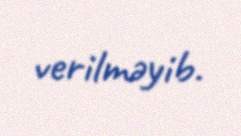
verilməyib.